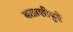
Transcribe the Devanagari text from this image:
बळाशीपुढें